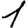
Digit: 1